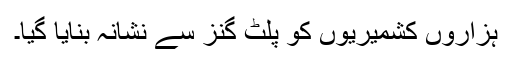
ہزاروں کشمیریوں کو پلٹ گنز سے نشانہ بنایا گیا۔